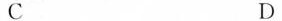
C D